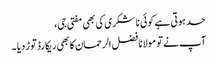
حد ہوتی ہے کوئی نا شکری کی بھی مفتی جی ،
آپ نے تو مولانا فضل الرحمان کا بھی ریکارڈ توڑ دیا ۔